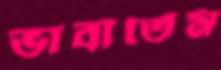
ভাবাতেম